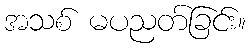
အသစ် မပညတ်ခြင်း။